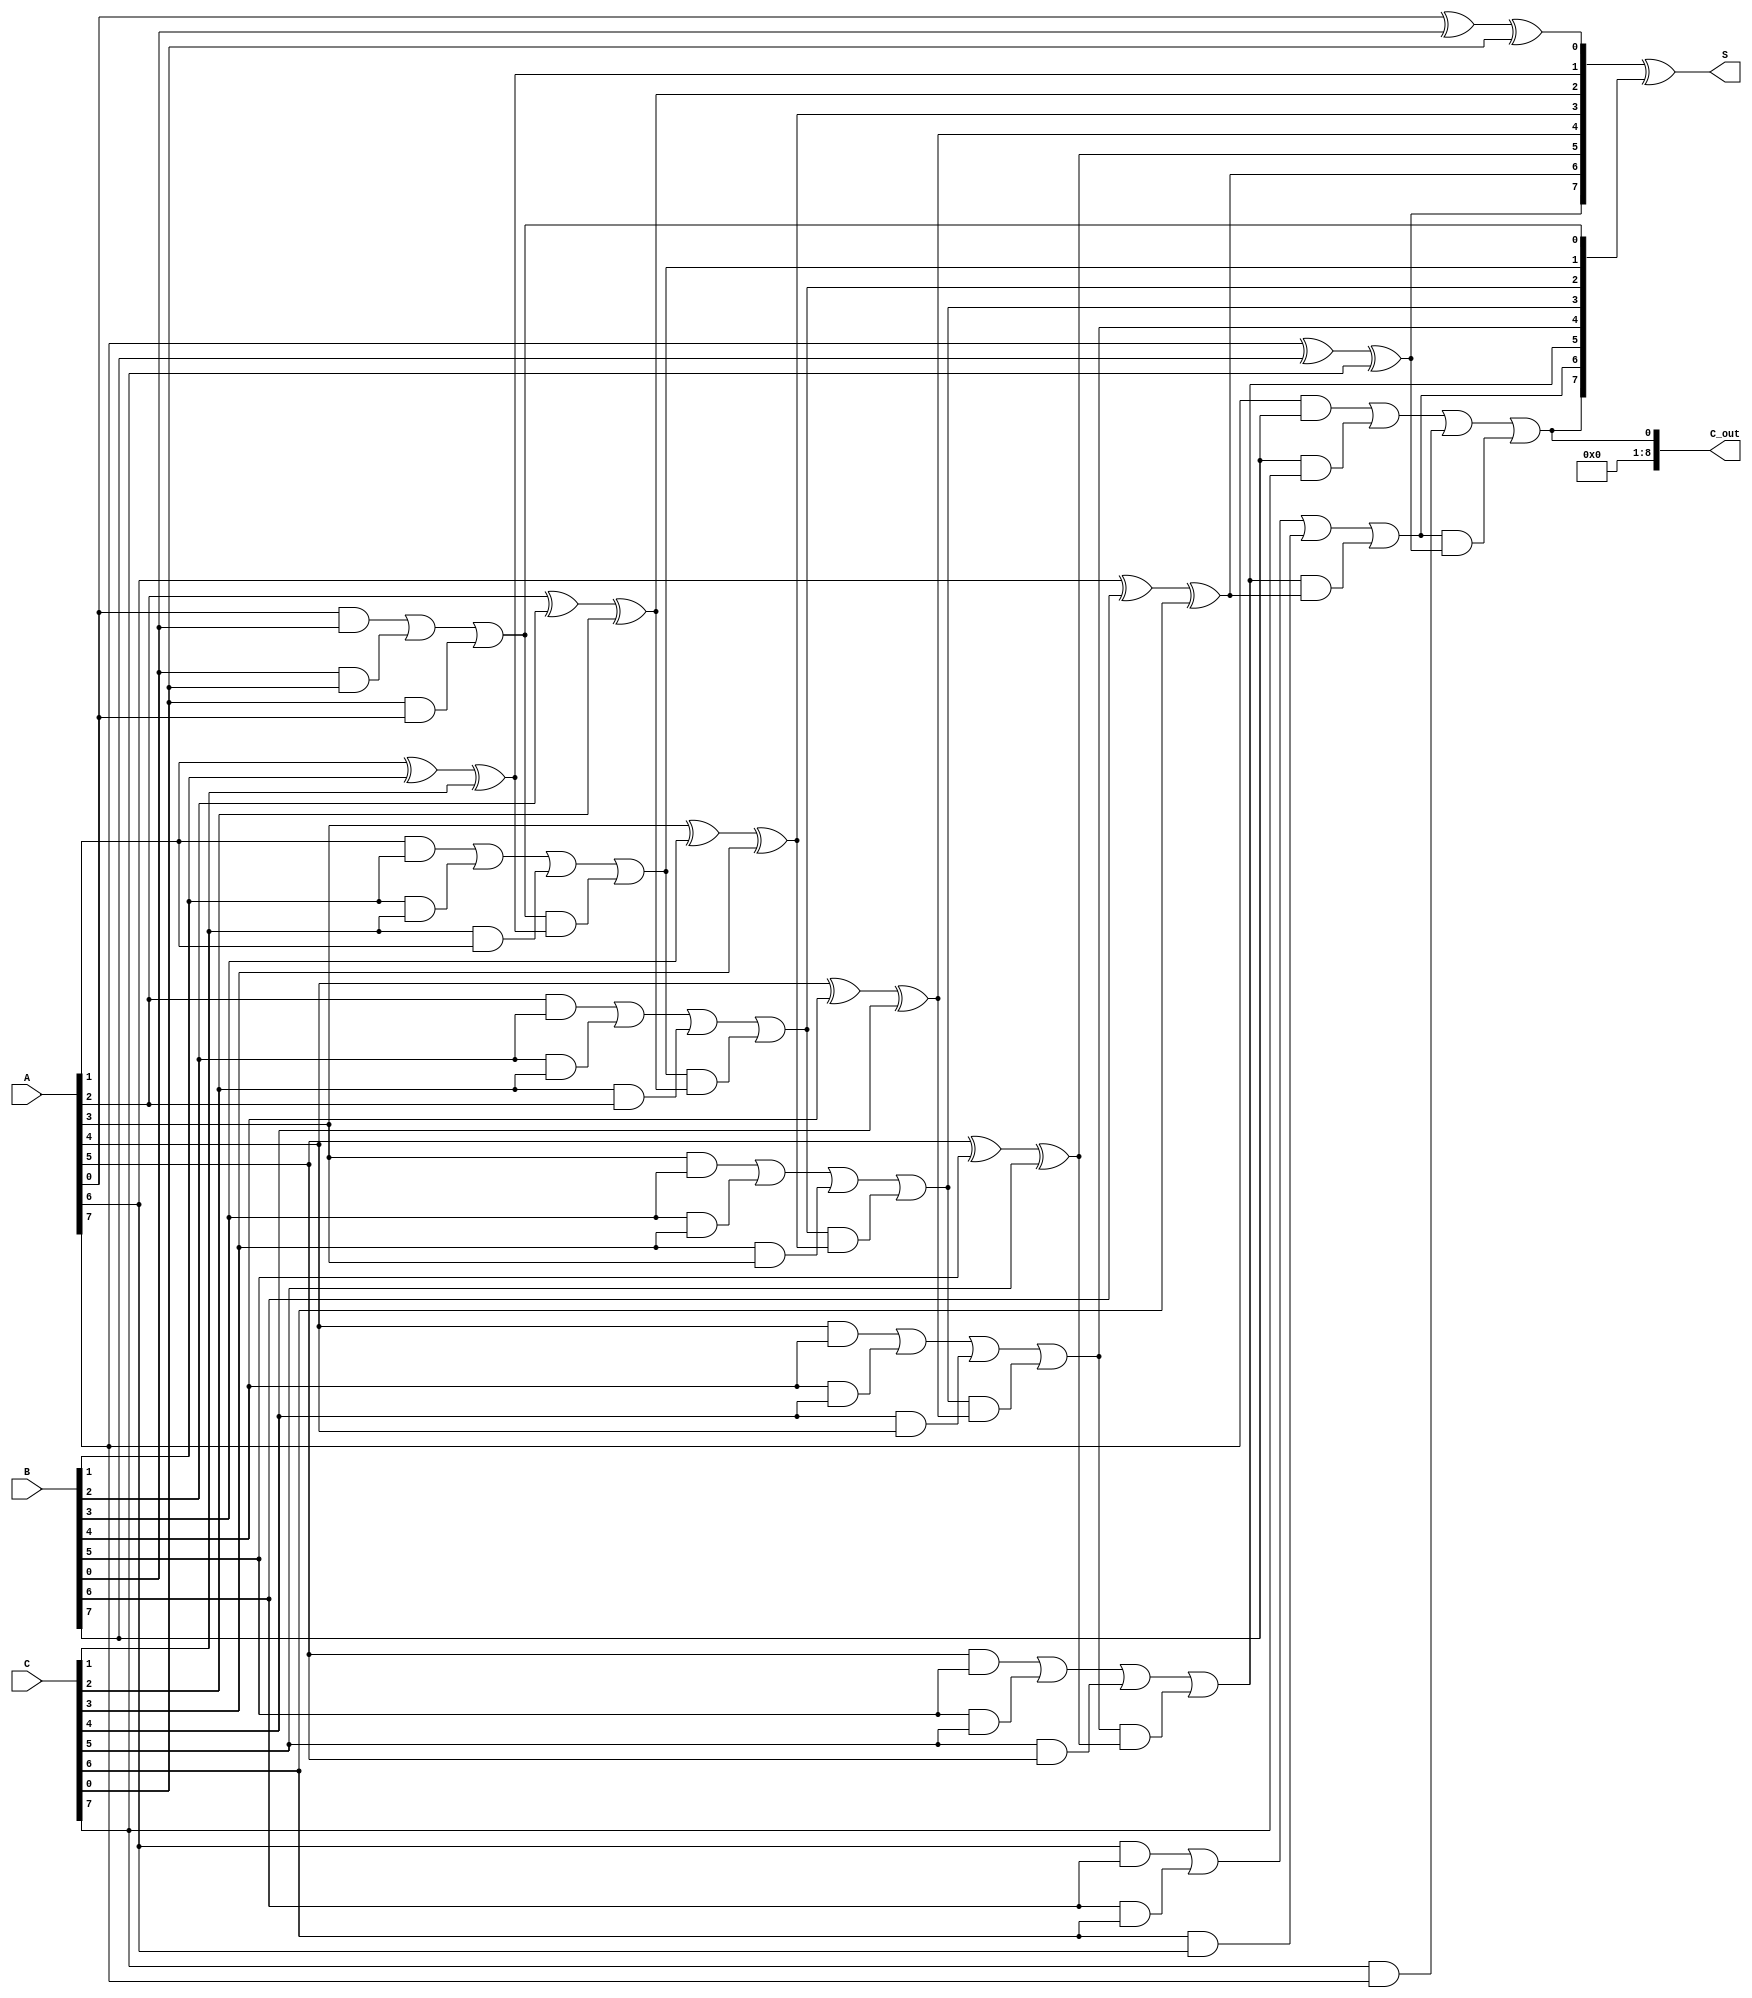
module CarrySaveAdder(
    input [n-1:0] A,  // First input operand
    input [n-1:0] B,  // Second input operand
    input [n-1:0] C,  // Third input operand
    output [n-1:0] S, // Sum output
    output [n:0] C_out // Carry output (n+1 bits for the carry)
);
    parameter n = 8; // Width of the inputs

    wire [n-1:0] sum_intermediate; // Intermediate sum output
    wire [n-1:0] carry_intermediate; // Intermediate carry output

    // Carry Save Stage
    genvar i;
    generate
        for (i = 0; i < n; i = i + 1) begin: carry_save_stage
            assign sum_intermediate[i] = A[i] ^ B[i] ^ C[i];
            assign carry_intermediate[i] = (A[i] & B[i]) | (B[i] & C[i]) | (C[i] & A[i]);
        end
    endgenerate

    // Carry Propagation Stage
    wire [n-1:0] carry_propagation;
    assign carry_propagation[0] = carry_intermediate[0];

    generate
        for (i = 1; i < n; i = i + 1) begin: carry_propagation_stage
            assign carry_propagation[i] = carry_intermediate[i] | (carry_propagation[i-1] & sum_intermediate[i]);
        end
    endgenerate

    // Final Sum Calculation
    assign S = sum_intermediate ^ carry_propagation;
    assign C_out = carry_propagation[n-1]; // Final carry out

endmodule